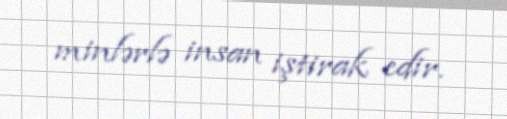
minlərlə insan iştirak edir.